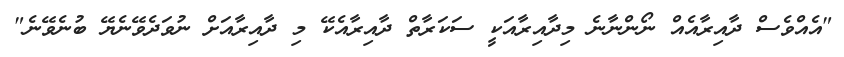
"އެއްވެސް ދާއިރާއެއް ނޯންނާނެ މިދާއިރާއަކީ ސަކަރާތް ދާއިރާއެކޭ މި ދާއިރާއަށް ނުވަދެވޭނެޔޭ ބުނެވޭނެ"